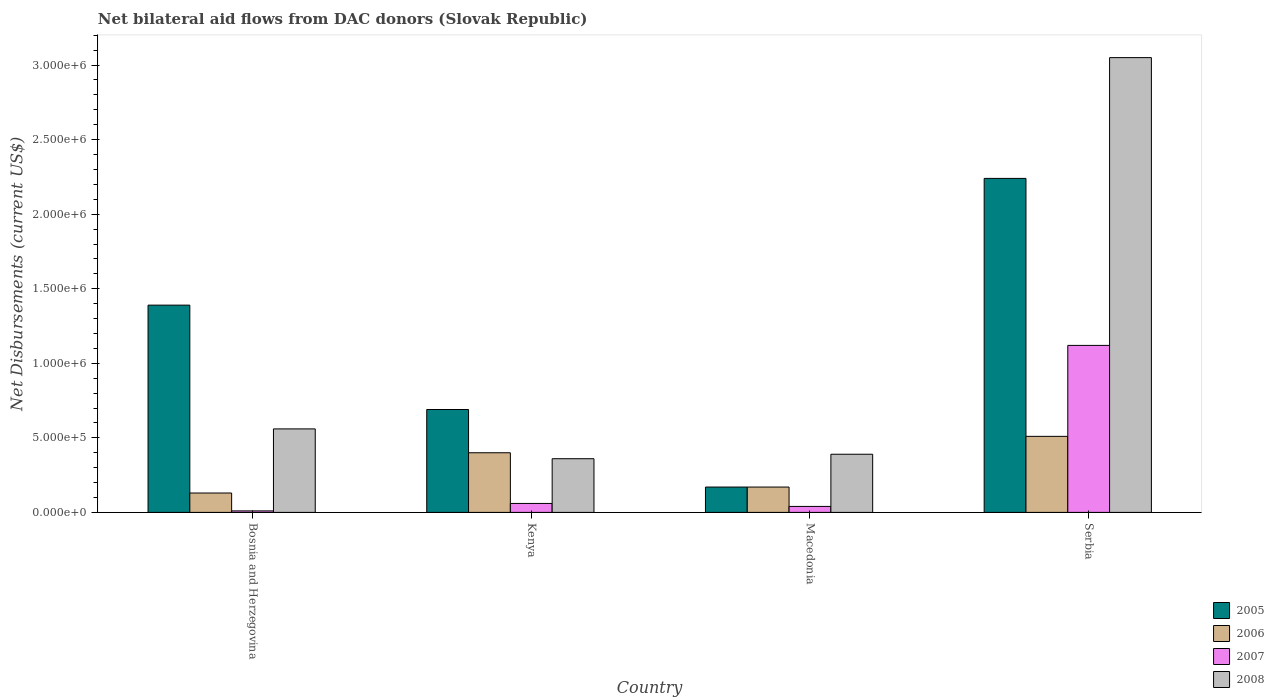
| Country | 2005 | 2006 | 2007 | 2008 |
 | --- | --- | --- | --- | --- |
 | Bosnia and Herzegovina | 1.39e+06 | 1.3e+05 | 1e+04 | 5.6e+05 |
 | Kenya | 6.9e+05 | 4e+05 | 6e+04 | 3.6e+05 |
 | Macedonia | 1.7e+05 | 1.7e+05 | 4e+04 | 3.9e+05 |
 | Serbia | 2.24e+06 | 5.1e+05 | 1.12e+06 | 3.05e+06 |